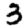
Digit: 3